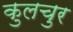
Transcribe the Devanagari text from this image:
कुलचुर